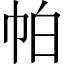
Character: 帕